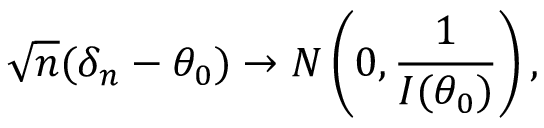
{ \sqrt { n } } ( \delta _ { n } - \theta _ { 0 } ) \to N \left( 0 , { \frac { 1 } { I ( \theta _ { 0 } ) } } \right) ,